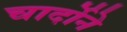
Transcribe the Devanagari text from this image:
चार्दोने